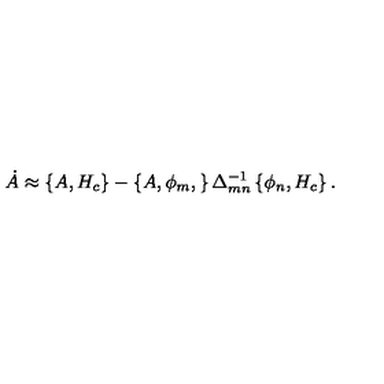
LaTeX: \dot { A } \approx \left\{ A , H _ { c } \right\} - \left\{ A , \phi _ { m } , \right\} \Delta _ { m n } ^ { - 1 } \left\{ \phi _ { n } , H _ { c } \right\} .